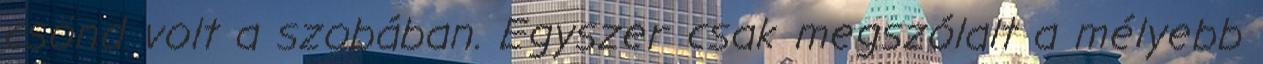
csönd volt a szobában. Egyszer csak megszólalt a mélyebb